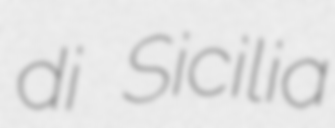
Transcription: di Sicilia